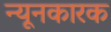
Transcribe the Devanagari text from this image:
न्यूनकारक